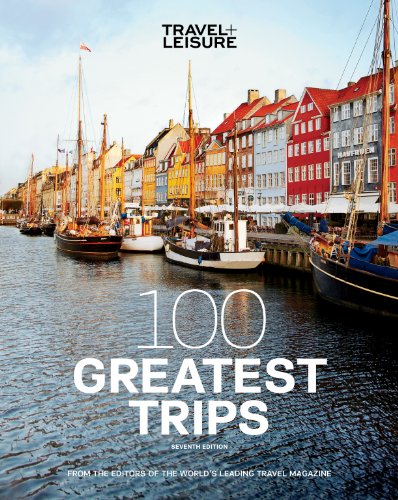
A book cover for TRAVEL + LEISURE: 100 Greatest Trips; The Editors of TRAVEL + LEISURE Magazine; Travel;